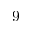
9